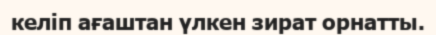
келіп ағаштан үлкен зират орнатты.